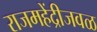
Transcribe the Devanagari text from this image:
राजमहेंद्रीजवळ